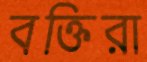
বক্তিরা